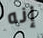
إنه